Civil Veterinary Department. United Provinces 1912-22 - 1912-1922
Year: 1912
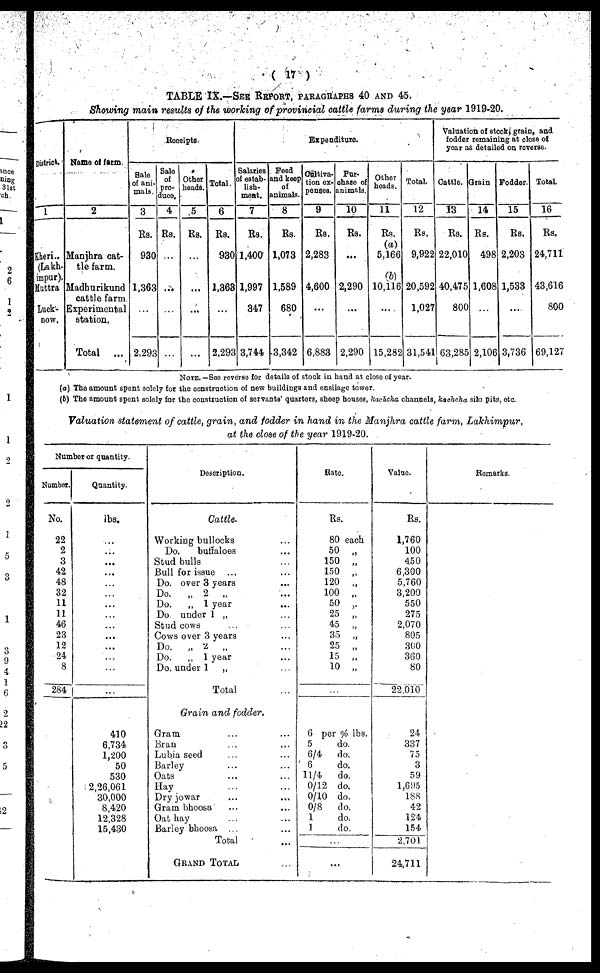
(17)
TABLE IX.—SEE REPORT, PARAGRAPHS 40 AND 45.
Showing main results of the working of provincial cattle farms during the year 1919-20.
District.
1
Kheri..
(Lakh-
impur).
Muttra
Luck-
now.
Name of farm.
2
Manjhra cat-
tle farm.
Madhurikund
cattle farm
Experimental
station.
Total ...
Receipts.
Sale
of ani-
mals
3
Rs.
930
1,363
...
2.293
Sale
of
pro-
duce.
4
Rs.
...
...
...
...
Other
heads.
5
Rs.
...
...
...
...
Total
6
Rs.
930
1,363
...
2,293
Expenditure.
Salaries
of estab-
lish-
ment.
7
Rs.
1,400
1,997
347
3,744
Feed
and keep
of
animals.
8
Rs.
1,073
1,589
680
3,342
Cultiva-
tion ex-
penses.
9
Rs.
2,283
4,600
...
6,883
Pur-
chase of
animals.
10
Rs.
...
2,290
...
2,290
Other
heads.
11
Rs.
(a)
5,166
(b)
10,116
...
15,282
Total.
12
Rs.
9,922
20,592
1,027
31,541
Valuation of stock, grain, and
fodder remaining at close of
year as detailed on reverse.
Cattle.
13
Rs.
22,010
40,475
800
63,285
Grain
14
Rs.
498
1,608
...
2,106
Fodder.
15
Rs.
2,203
1,533
...
3,736
Total.
16
Rs.
24,711
43,616
800
69,127
NOTE. —See reverse for details of stock in hand at close of year.
(a) The amount spent solely for the construction of new buildings and ensilage tower
(b) The amount spent solely for the construction of servants' quarters, sheep houses, kachcha channels, kachcha silo pits, etc.
Valuation statement of cattle, grain, and fodder in hand in the Manjhra cattle farm, Lakhimpur,
at the close of the year 1919-20.
Number or quantity.
Number.
No.
22
2
3
42
48
32
11
11
46
23
12
24
8
284
Quantity.
lbs.
...
...
...
...
...
...
410
6,734
1,200
50
530
2,26,061
30,000
8,420
12.328
15,430
Description.
Cattle.
Working bullocks
Do.
buffaloes
Stud bulls
Bull for issue
Do. over 3 years
Do.
„ 2 „
Do. „ 1 year
Do under 1 „
Stud cows
Cows over 3 years
Do.
„ 2 „
Do. „ 1 year
Do. under 1 „
Total
Grain and fodder.
Oram ... ...
Bran ... ...
Lubia seed ... ...
Barley ... ...
Oats ... ...
Hay ... ...
Dry jowar ... ...
Gram bhoosa ... ...
Oat hay ... ...
Barley bhoosa ...
Total ...
GRANDTOTAL ...
Rate.
Rs.
80 each
50 „
150 „
150 „
120 „
100 „
50 ,.
25 „
45 „
35 „
25 „
15 „
10 „
6 per % lbs.
5
do.
6/4 do.
6
do.
11/4 do.
0/12 do.
0/10 do.
0/8 do.
1
do.
1
do.
...
...
Value.
Rs.
1,760
100
450
6,300
5,760
3,200
550
275
2,070
805
300
360
80
22.010
24
337
75
3
59
l,695
188
42
124
154
2,701
24,711
Remarks